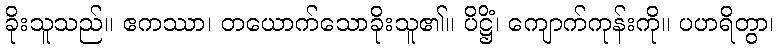
ခိုးသူသည်။ ဧကဿာ၊ တယောက်သောခိုးသူ၏။ ပိဋ္ဌိံ၊ ကျောက်ကုန်းကို။ ပဟရိတွာ၊